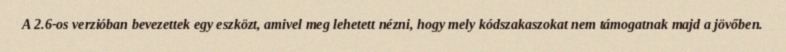
A 2.6-os verzióban bevezettek egy eszközt, amivel meg lehetett nézni, hogy mely kódszakaszokat nem támogatnak majd a jövőben.